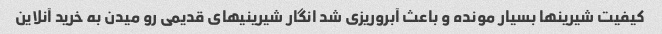
کیفیت شیرینها بسیار مونده و باعث آبروریزی شد انگار شیرینیهای قدیمی رو میدن به خرید آنلاین